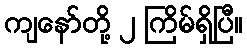
ကျနော်တို့ ၂ ကြိမ်ရှိပြီ။